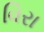
વિરા